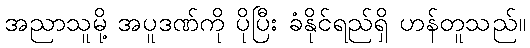
အညာသူမို့ အပူဒဏ်ကို ပိုပြီး ခံနိုင်ရည်ရှိ ဟန်တူသည်။